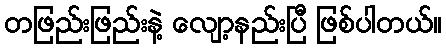
တဖြည်းဖြည်းနဲ့ လျော့နည်းပြီ ဖြစ်ပါတယ်။